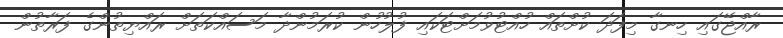
ރާއްޖޭގައި ހިނގާ މިފަދަ ކުށްތައް ހުއްޓުވުމަށްޓަކައި ފުލުހުން ކުރަމުންދާ މަސައްކަތަށް ރައްޔިތުންގެ ފަރާތުން